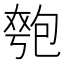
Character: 𫯯